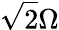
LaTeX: \sqrt{2}\Omega